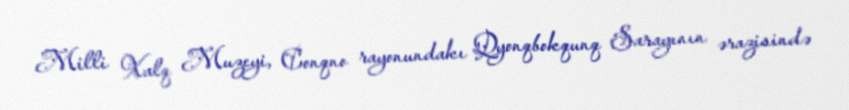
Milli Xalq Muzeyi, Conqno rayonundakı Qyonqbokqunq Sarayının ərazisində